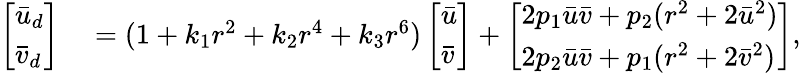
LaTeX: \begin{array}{rl}{\left[\begin{array}{l}{\bar{u}_{d}}\\ {\bar{v}_{d}}\end{array}\right]}&{{}=(1+k_{1}r^{2}+k_{2}r^{4}+k_{3}r^{6})\left[\begin{array}{l}{\bar{u}}\\ {\bar{v}}\end{array}\right]+\left[\begin{array}{l}{2p_{1}\bar{u}\bar{v}+p_{2}(r^{2}+2\bar{u}^{2})}\\ {2p_{2}\bar{u}\bar{v}+p_{1}(r^{2}+2\bar{v}^{2})}\end{array}\right],}\end{array}